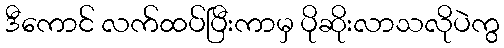
ဒီကောင် လက်ထပ်ပြီးကာမှ ပိုဆိုးလာသလိုပဲကွ